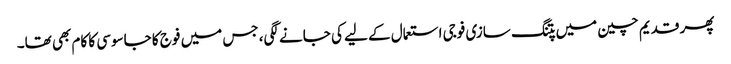
پھر قدیم چین میں پتنگ سازی فوجی استعمال کے لیے کی جانے لگی، جس میں فوج کا جاسوسی کا کام بھی تھا۔